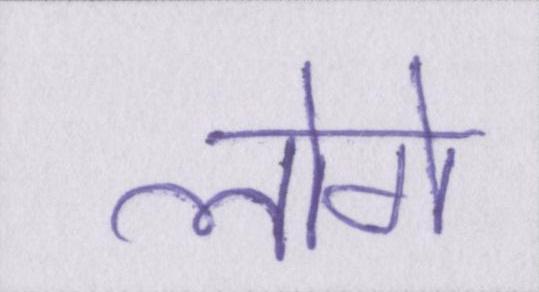
लोगे